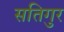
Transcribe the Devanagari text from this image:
सतिगुर